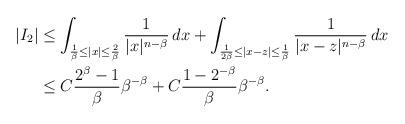
LaTeX: \begin{align*}|I_2|&\leq\int_{\frac{1}{\beta}\leq|x|\leq\frac{2}{\beta}}\frac{1}{|x|^{n-\beta}}\,dx+\int_{\frac{1}{2\beta}\leq|x-z|\leq\frac{1}{\beta}}\frac{1}{|x-z|^{n-\beta}}\,dx\\&\leq C\frac{2^\beta-1}{\beta}\beta^{-\beta}+C\frac{1-2^{-\beta}}{\beta}\beta^{-\beta}.\end{align*}